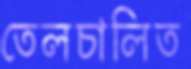
তেলচালিত